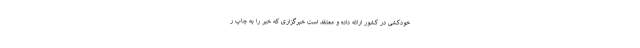
خودکشی در کشور ارائه داده و معتقد است خبرگزاری که خبر را به چاپ ر